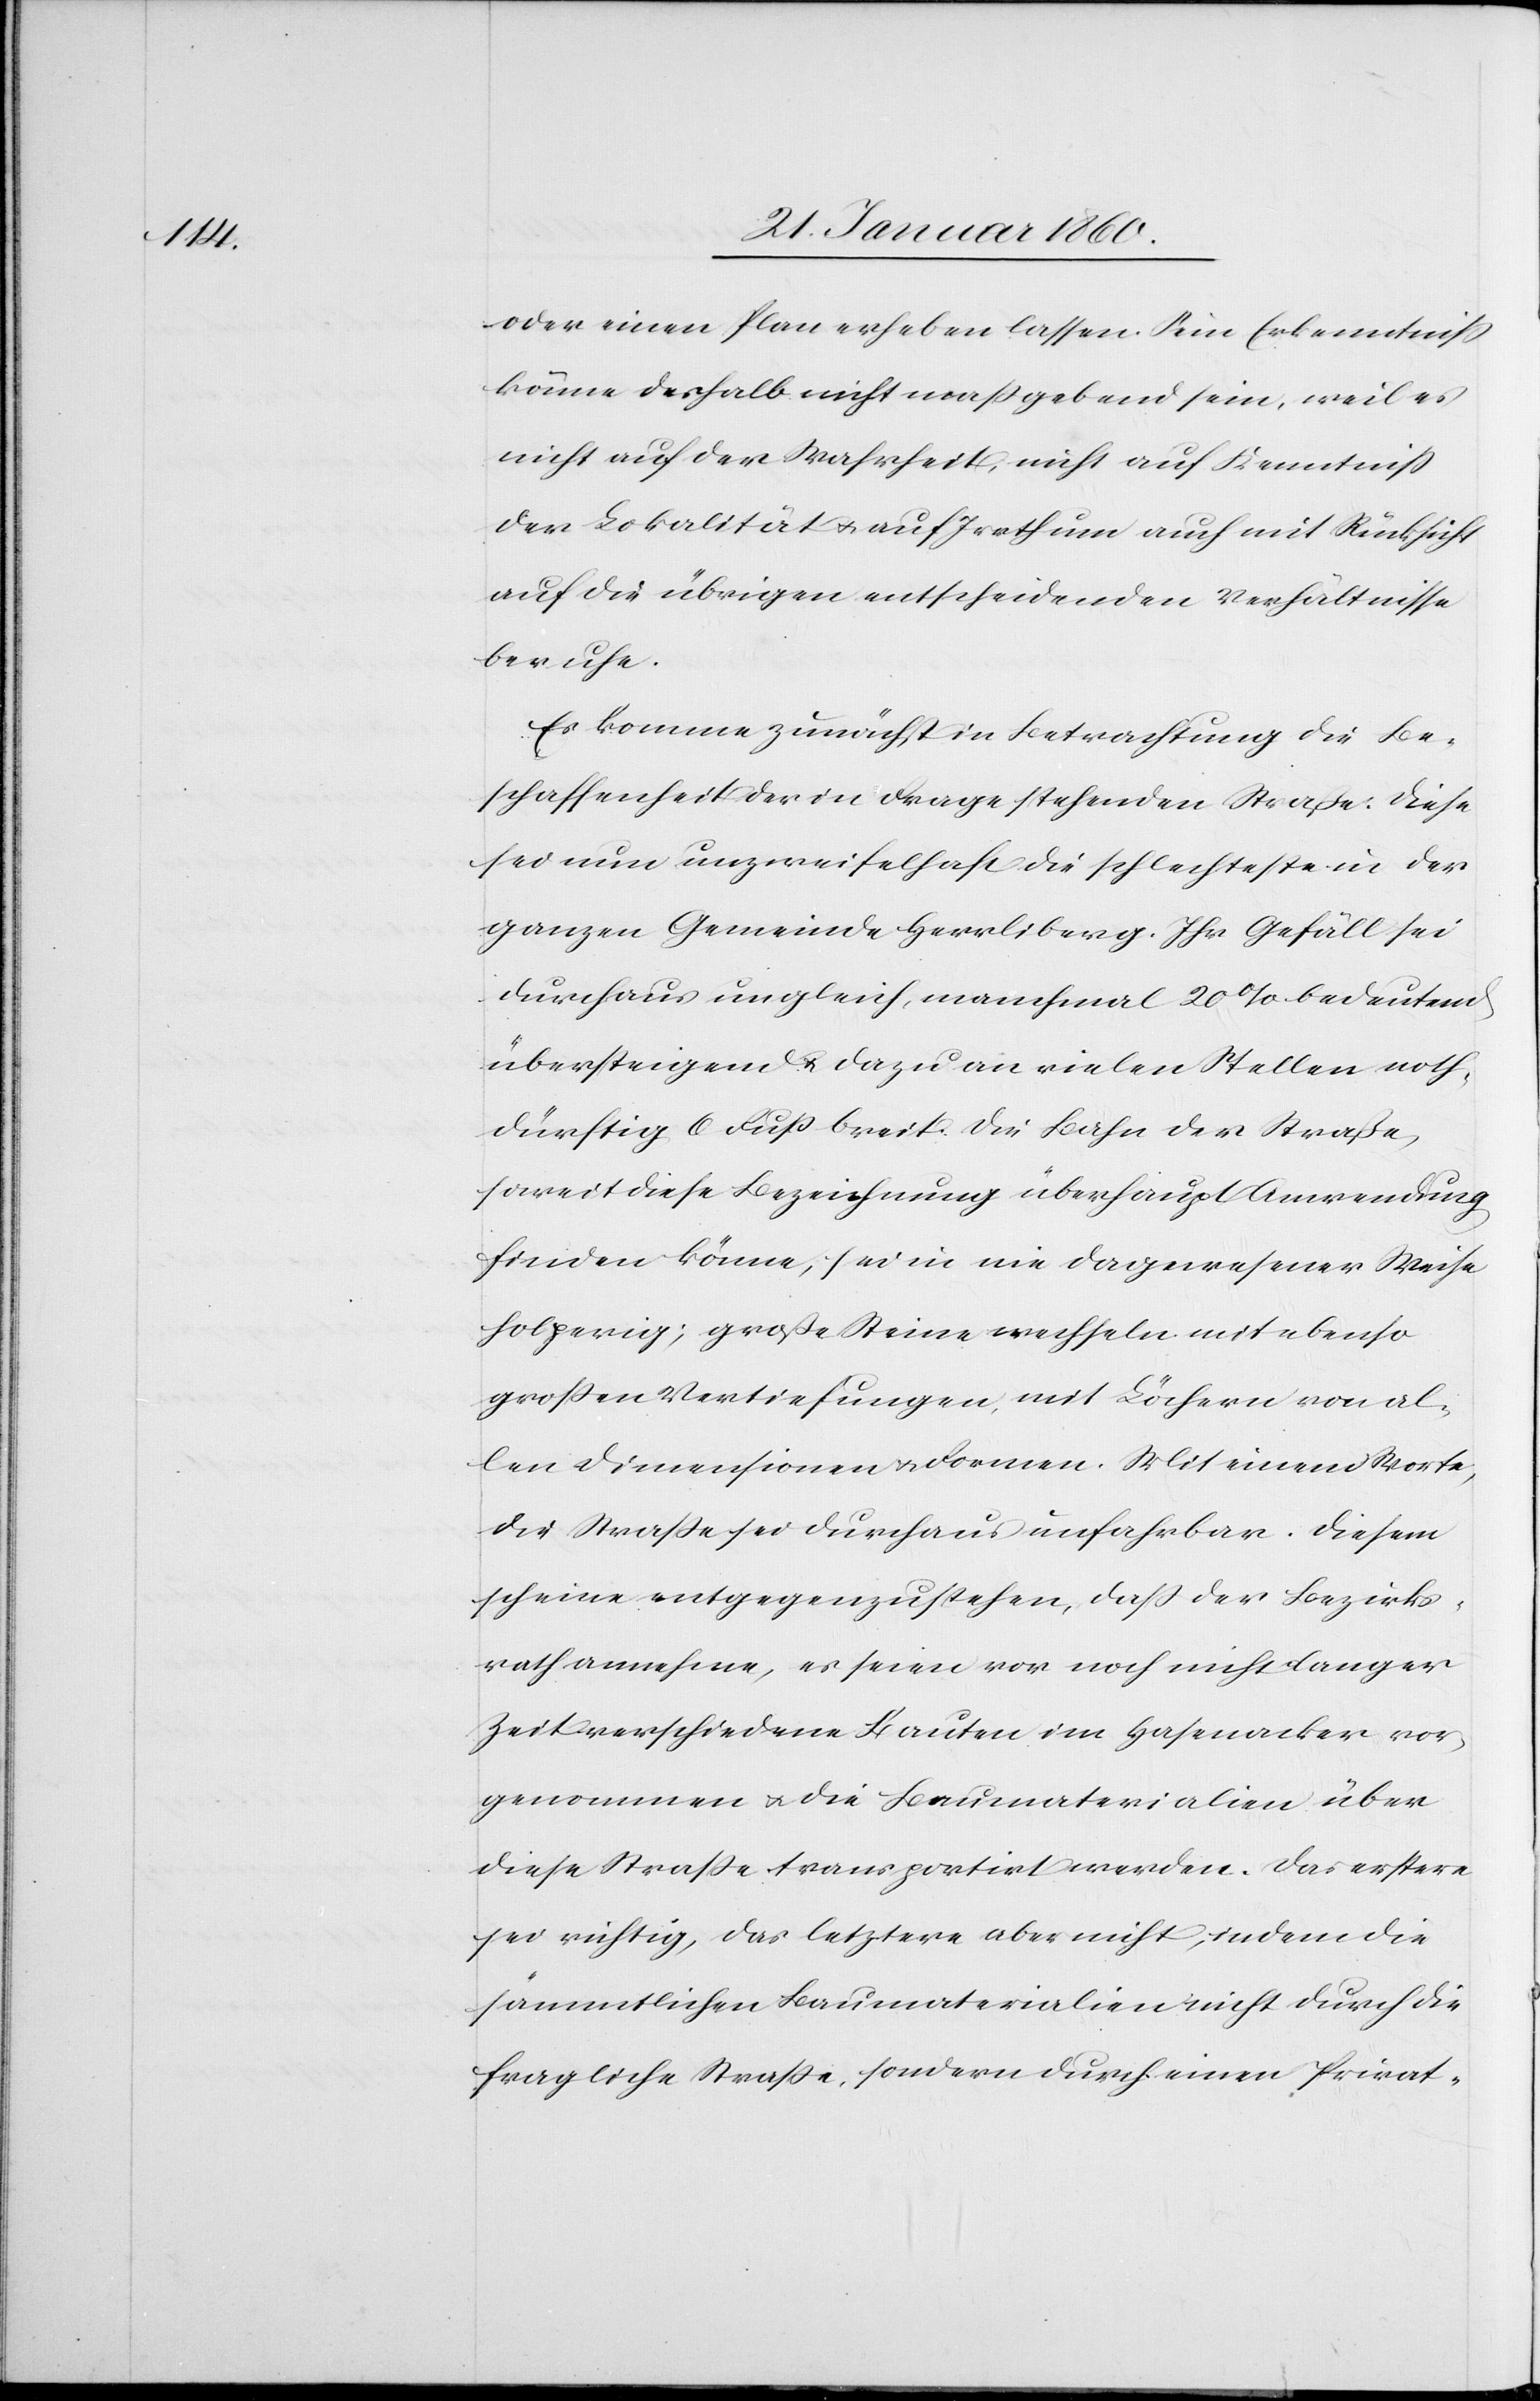
oder einen Plan erheben lassen. Sein Erkenntniss
könne deshalb nicht massgebend sein, weil es
nicht auf der Wahrheit, nicht auf Kenntniß
der Lokalität u. auf Irrthum auch mit Rücksicht
auf die übrigen entscheidenden Verhältnisse
beruhe.
Es komme zunächst in Betrachtung die Be¬
schaffenheit der in Frage stehenden Strasse: diese
sei nun unzweifelhaft die schlechteste in der
ganzen Gemeinde Herrliberg. Ihr Gefäll sei
durchaus ungleich, manchmal 20% bedeutend
übersteigend u. dazu an vielen Stellen noth¬
dürftig 6 Fuß breit. Die Bahn der Strasse,
soweit diese Bezeichnung überhaupt Anwendung
finden könne, sei ein nie dagewesener Weise
holperig; große Steine wechseln mit ebenso
großen Vertiefungen, mit Löcher von al¬
len Dimensionen u. Formen. Mit einem Worte,
die Strasse sei durchaus unfahrbar. Diesem
scheine entgegenzustehen, dass der Bezirks¬
rath annehme, es seien vor noch nicht langer
Zeit verschiedene Bauten im Hasenacker vor¬
genommen u. die Baumaterialen über
diese Strasse transportirt werden. Das erstere
sei richtig, das letztere aber nicht, indem die
sämmtlichen Baumaterialen nicht durch die
fragliche Strasse, sondern durch einen Privat-